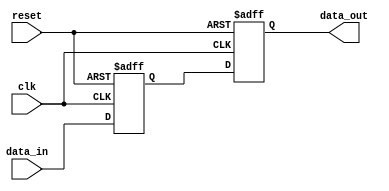
module io_blocks_compensated_bidirectional_buffer (
    input wire clk,
    input wire reset,
    input wire data_in,
    output wire data_out
);

// Input logic
reg [7:0] in_reg;
always @(posedge clk or posedge reset)
begin
    if (reset)
        in_reg <= 8'b0;
    else
        in_reg <= data_in;
end

// Output logic
reg [7:0] out_reg;
always @(posedge clk or posedge reset)
begin
    if (reset)
        out_reg <= 8'b0;
    else
        out_reg <= in_reg;
end

assign data_out = out_reg;

endmodule